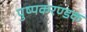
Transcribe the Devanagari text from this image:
पुष्पकरण्डक